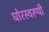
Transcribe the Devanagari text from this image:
घोरस्वरूपी